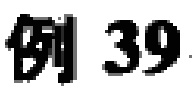
例 39